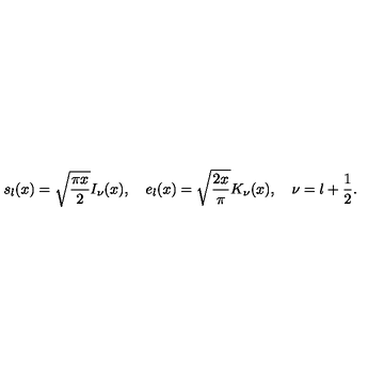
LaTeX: s _ { l } ( x ) = \sqrt { \frac { \pi x } { 2 } } I _ { \nu } ( x ) , \quad e _ { l } ( x ) = \sqrt { \frac { 2 x } { \pi } } K _ { \nu } ( x ) , \quad \nu = l + \frac { 1 } { 2 } .